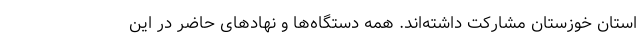
استان خوزستان مشارکت داشته‌اند. همه دستگاه‌ها و نهادهای حاضر در این